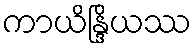
ကာယိန္ဒြိယဿ